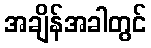
အချိန်အခါတွင်